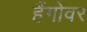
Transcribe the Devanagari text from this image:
हैंगोवर